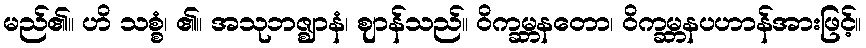
မည်၏။ ဟိ သစ္စံ၊ ၏။ အသုဘဇ္ဈာနံ၊ ဈာန်သည်။ ဝိက္ခမ္ဘနတော၊ ဝိက္ခမ္ဘနပဟာန်အားဖြင့်။